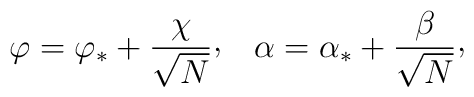
\varphi = \varphi_{*} + {\chi\over\sqrt{N}}\raise 2pt\hbox{,}\quad\alpha = \alpha_{*} + {\beta\over\sqrt{N}}\raise 2pt\hbox{,}